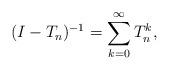
LaTeX: \begin{align*}(I-T_n)^{-1}=\sum_{k=0}^{\infty}T_n^k,\end{align*}